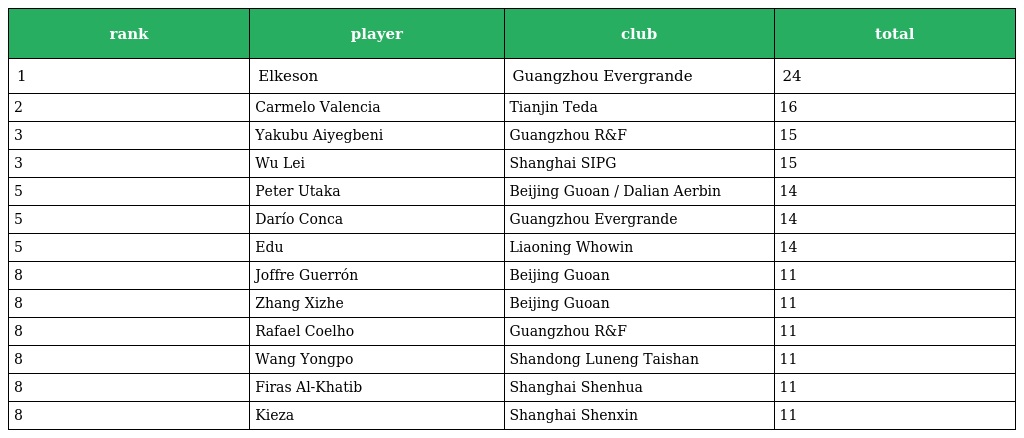
| rank | player | club | total |
 | --- | --- | --- | --- |
 | 1 | Elkeson | Guangzhou Evergrande | 24 |
 | 2 | Carmelo Valencia | Tianjin Teda | 16 |
 | 3 | Yakubu Aiyegbeni | Guangzhou R&F | 15 |
 | 3 | Wu Lei | Shanghai SIPG | 15 |
 | 5 | Peter Utaka | Beijing Guoan / Dalian Aerbin | 14 |
 | 5 | Darío Conca | Guangzhou Evergrande | 14 |
 | 5 | Edu | Liaoning Whowin | 14 |
 | 8 | Joffre Guerrón | Beijing Guoan | 11 |
 | 8 | Zhang Xizhe | Beijing Guoan | 11 |
 | 8 | Rafael Coelho | Guangzhou R&F | 11 |
 | 8 | Wang Yongpo | Shandong Luneng Taishan | 11 |
 | 8 | Firas Al-Khatib | Shanghai Shenhua | 11 |
 | 8 | Kieza | Shanghai Shenxin | 11 |